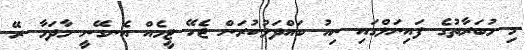
މި މުބަރާތުގެ ފައިނަލްގައި ނިއު ބައްދަލުކުރަން ޖެހޭ ޓީމެއް އެނގޭނީ މާދަމާ ރޭ